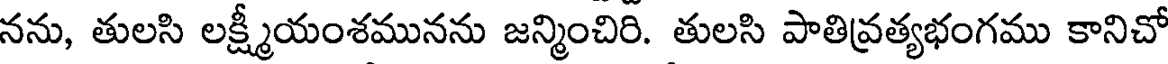
నను, తులసి లక్ష్మీయంశమునను జన్మించిరి. తులసి పాతివ్రత్యభంగము కానిచో